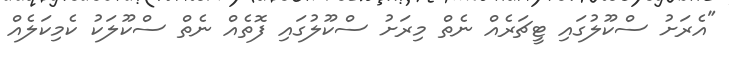
"އެރަށު ސްކޫލުގައި ޓީޗަރެއް ނެތް މިރަށު ސްކޫލުގައި ފޮތެއް ނެތް ސްކޫލަކު ކެމިކަލެއް